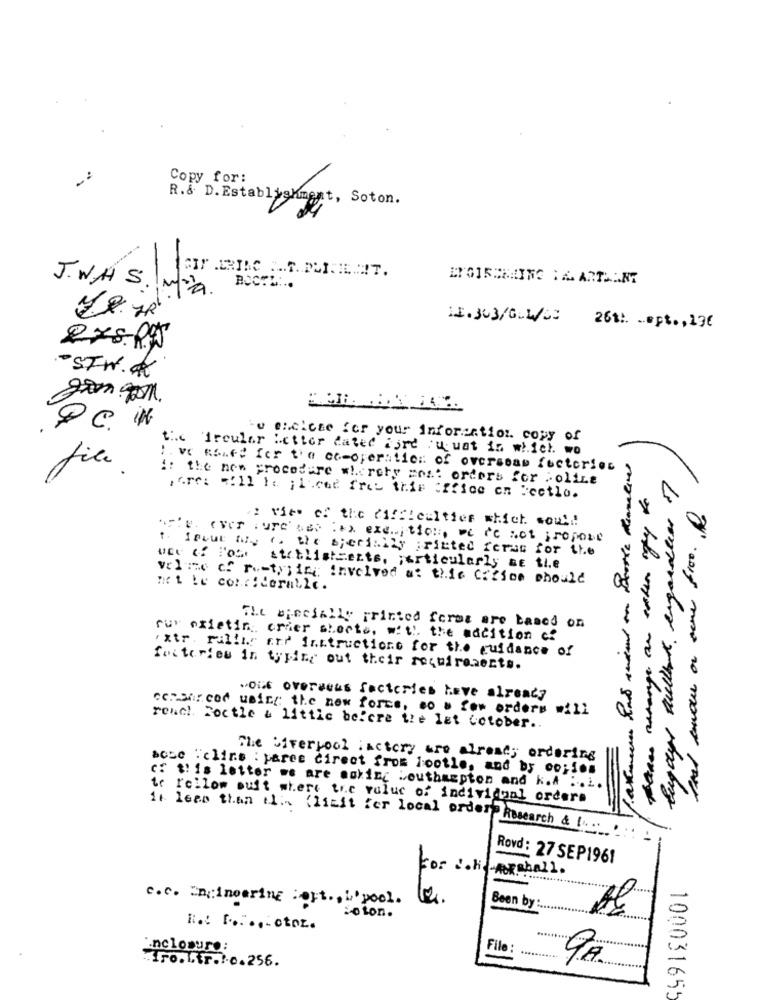
Copy for:
R.& D. Establishment, Soton.
ENGIRONAING :A ARTA ANT
J.WAS. Ma
12.303/04/
261 :. ... pt ., 19€
-STW.A
Bu chelcee for your information copy of
the Arcular Letter dated aird zu wat in which wo
file .
1 . ve RSafe for the co-operation of oversoam factories
:: the new procedere w !. rety most orders for : olire
jere: "'11 16 ; 1.cod fret this :ffice en Fectlo.
: wit" of the difficulties which would!
artur (ver Ture Les tax exe. tics, were Not propone
t. forut the (. the specially printed Ceras for the
stoblistents, ; articularly ne ti.e
value of restyling Involved at this Carsom should
mit le considerable.
The specially printed feros are based on
sur prietin orier shocts, with the addition of
" xtr. rallis for instructions for the guidance of
foxterles in typing out their requirements.
"Oit overacus factories have already
ceraarced using the new force, co " for orders will
reach Toctle a little before the let Gotober ..
The Giverpool factory are already ordering
acce "clins : pares direct from lootle, and by co;ios
cf this letter we are making :outhaspton and k.A ....
to follow buit where the value of individual orders
- -----
it. lean than this Clialt for local order Research & 1
Rovd: 27 SEP1961
-
For coneARshall.
c.c. Engineering Cert ., i pool.
Been by :..
Soton.
Enclosure:
File :
...
.Iro.Ltr .!- c.256.
100031655